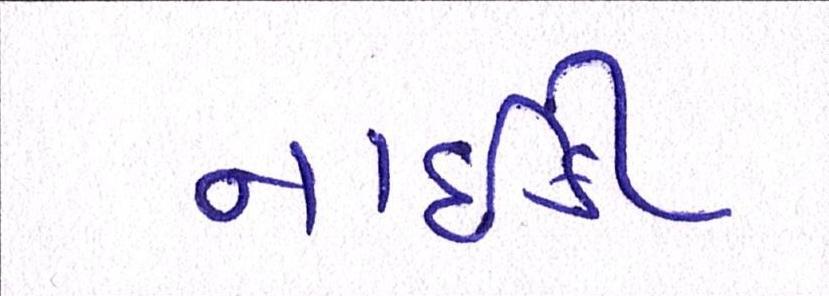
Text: નાઇકી